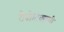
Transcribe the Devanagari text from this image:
रोबोटिक्सची